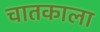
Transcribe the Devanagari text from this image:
चातकाला